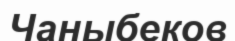
Чаныбеков